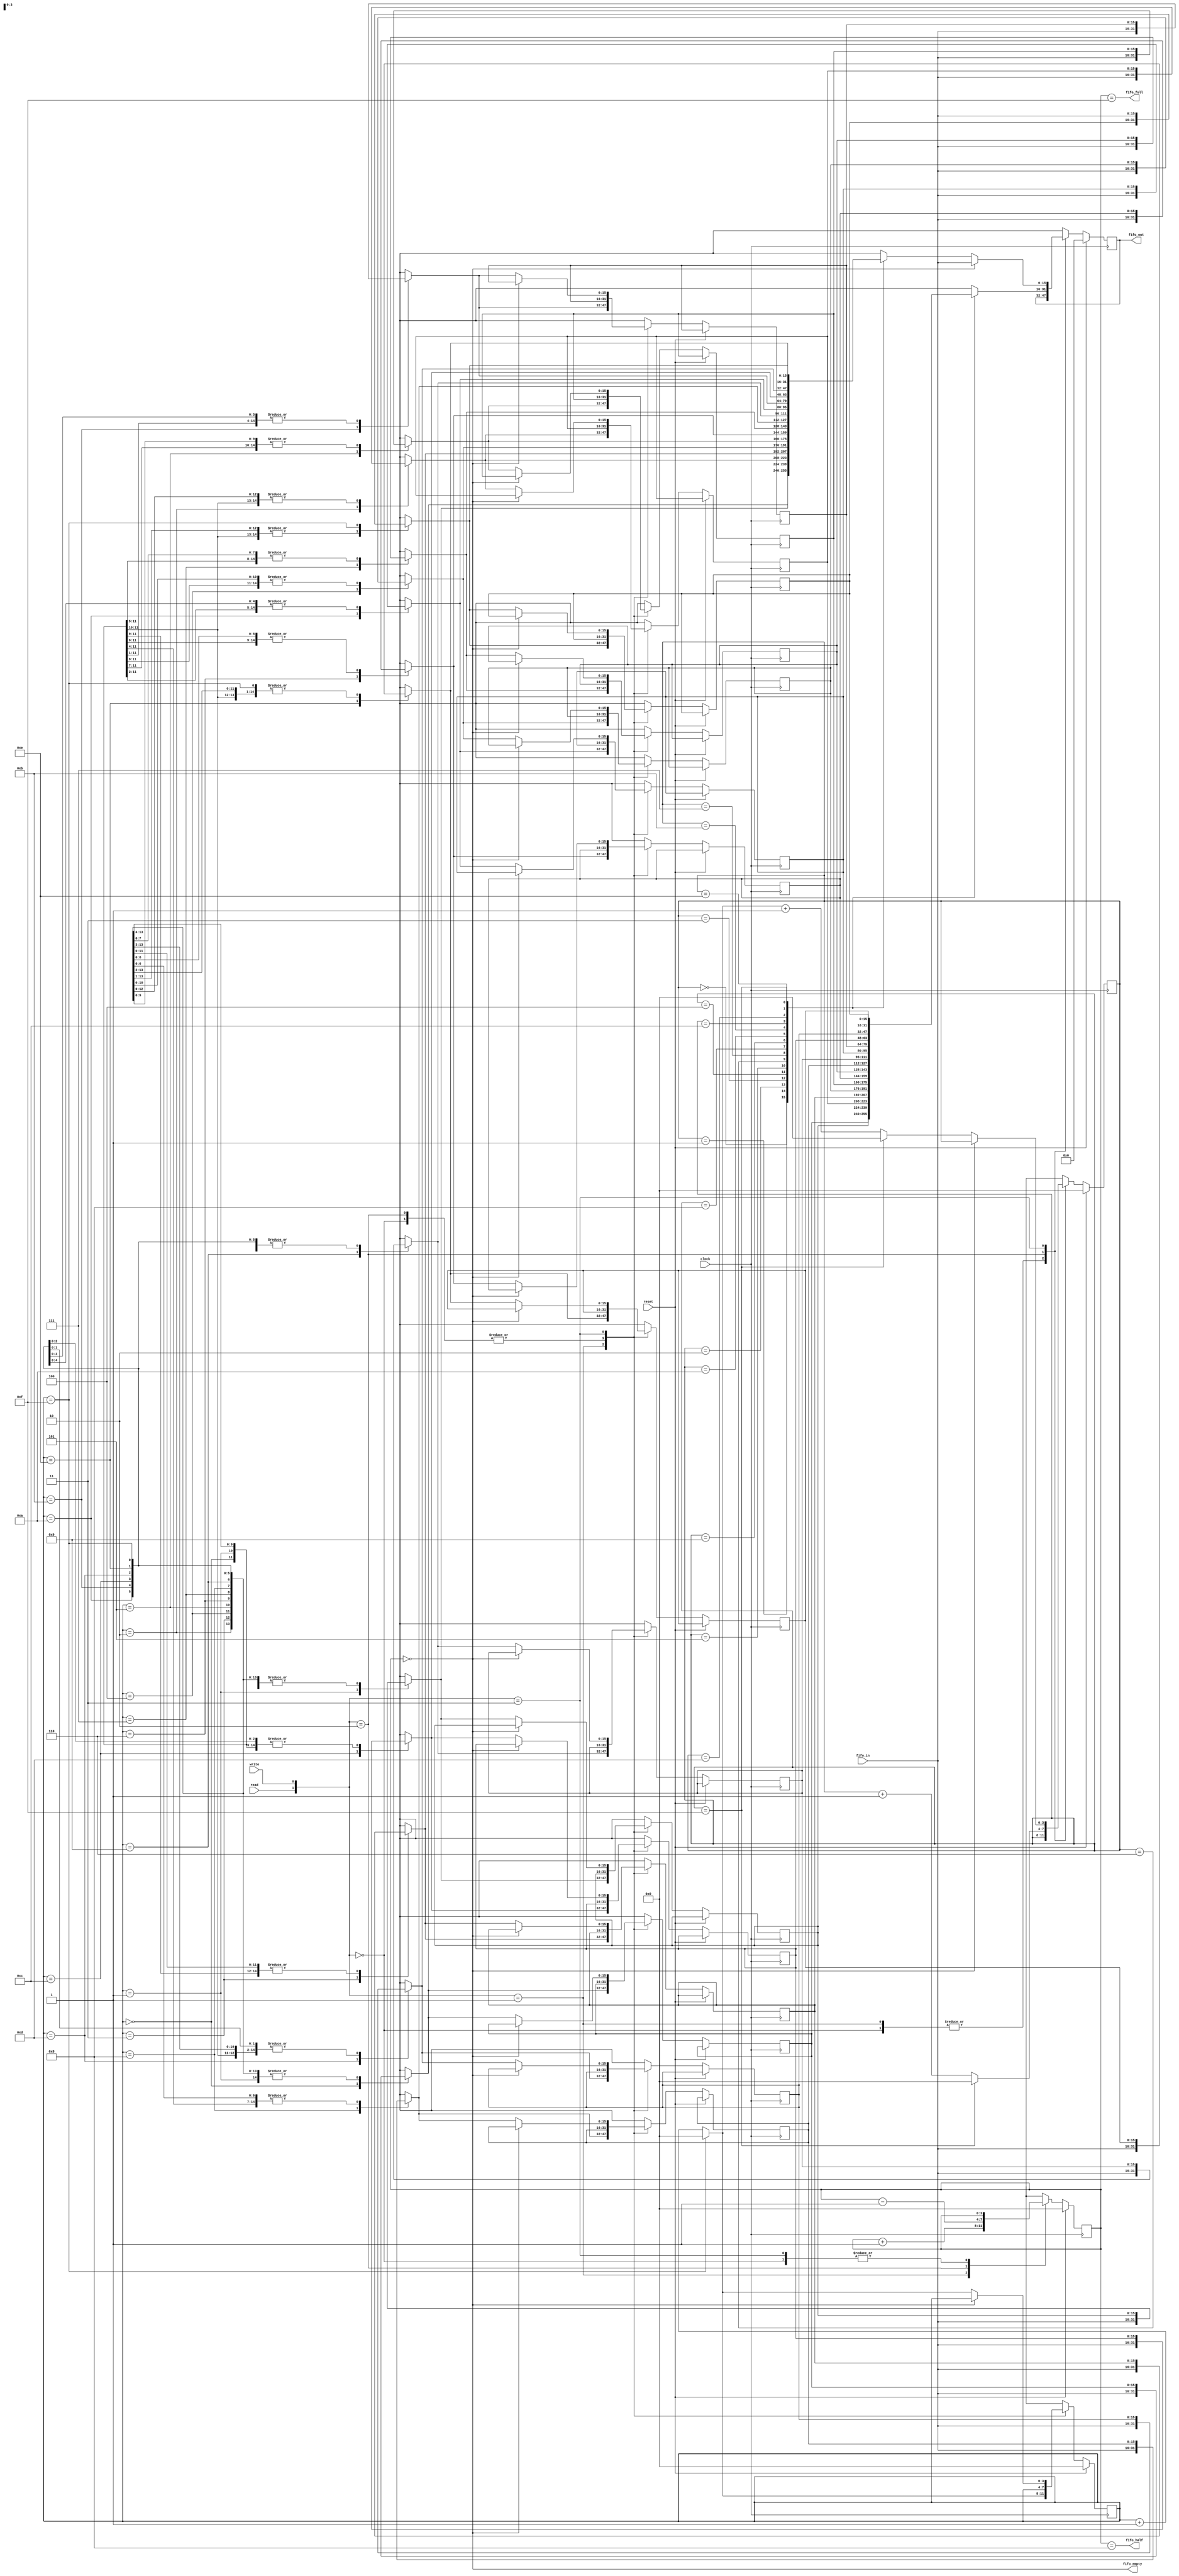
//16*16fifo
module fifo(clock,reset,read,write,fifo_in,fifo_out,fifo_empty,fifo_half,fifo_full);
  input clock,reset,read,write;
  input [15:0]fifo_in;
  output[15:0]fifo_out;
  output fifo_empty,fifo_half,fifo_full;//
  reg [15:0]fifo_out;
  reg [15:0]ram[15:0];
  reg [3:0]read_ptr,write_ptr,counter;//
  wire fifo_empty,fifo_half,fifo_full;

  always@(posedge clock)
  if(reset)
    begin
      read_ptr=0;
      write_ptr=0;
      counter=0;
      fifo_out=0;                    //
    end
  else
    case({read,write})
      2'b00:
            counter=counter;        //
      2'b01:                            //fifo
            begin
              ram[write_ptr]=fifo_in;
              counter=counter+1;
              write_ptr=(write_ptr==15)?0:write_ptr+1;
            end
      2'b10:                          //fifo
            begin
              fifo_out=ram[read_ptr];
              counter=counter-1;
              read_ptr=(read_ptr==15)?0:read_ptr+1;
            end
      2'b11:                        //
            begin
              if(counter==0)
                fifo_out=fifo_in;
              else
                begin
                  ram[write_ptr]=fifo_in;
                  fifo_out=ram[read_ptr];
                  write_ptr=(write_ptr==15)?0:write_ptr+1;
                  read_ptr=(read_ptr==15)?0:write_ptr+1;
                end
              end
        endcase

        assign fifo_empty=(counter==0);    // 
        assign fifo_half=(counter==8);
        assign fifo_full=(counter==15);

    endmodule